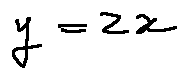
y = z x